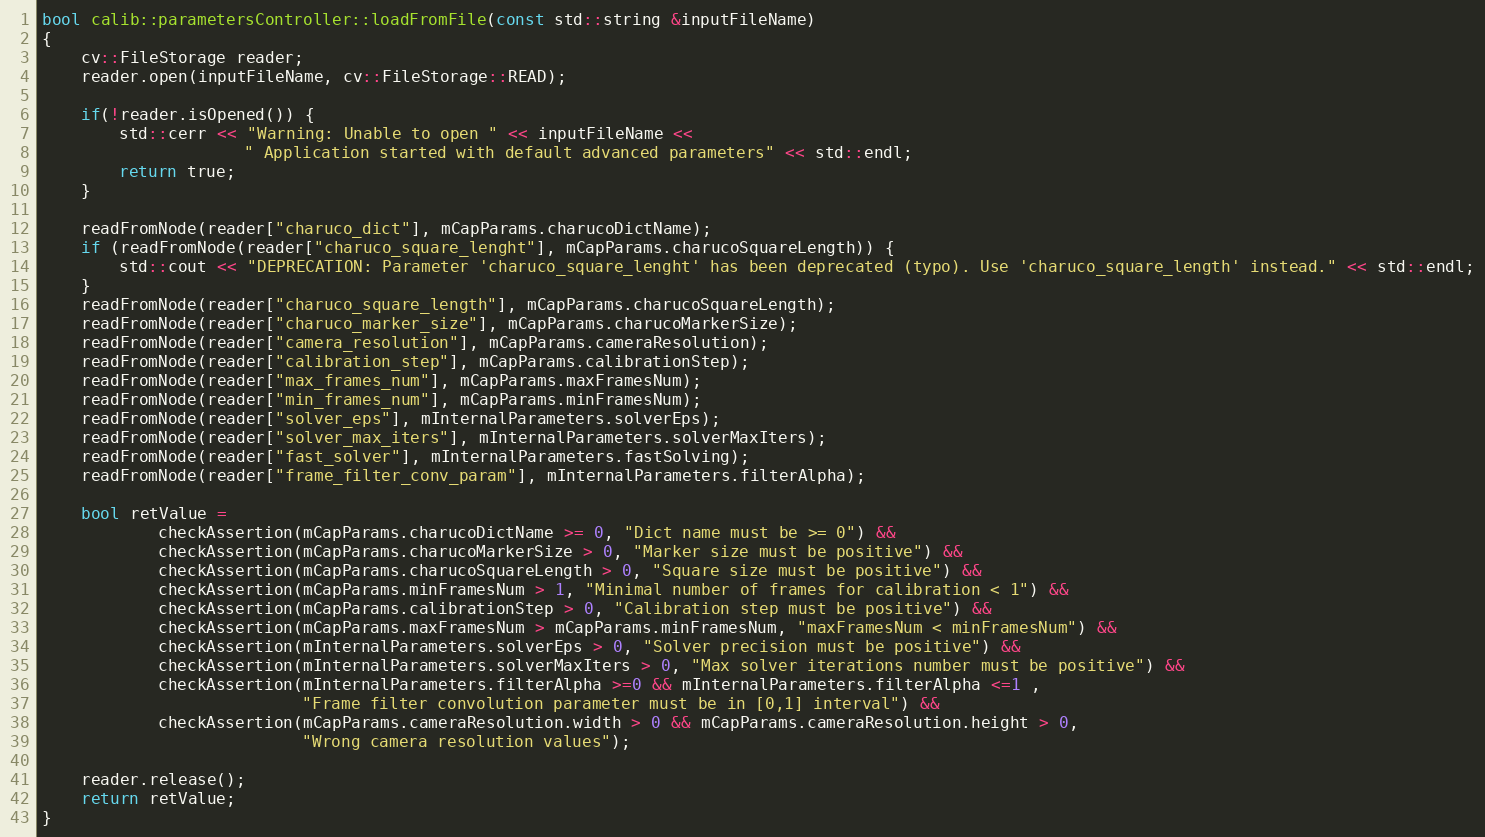
Language: C++
bool calib::parametersController::loadFromFile(const std::string &inputFileName)
{
    cv::FileStorage reader;
    reader.open(inputFileName, cv::FileStorage::READ);

    if(!reader.isOpened()) {
        std::cerr << "Warning: Unable to open " << inputFileName <<
                     " Application started with default advanced parameters" << std::endl;
        return true;
    }

    readFromNode(reader["charuco_dict"], mCapParams.charucoDictName);
    if (readFromNode(reader["charuco_square_lenght"], mCapParams.charucoSquareLength)) {
        std::cout << "DEPRECATION: Parameter 'charuco_square_lenght' has been deprecated (typo). Use 'charuco_square_length' instead." << std::endl;
    }
    readFromNode(reader["charuco_square_length"], mCapParams.charucoSquareLength);
    readFromNode(reader["charuco_marker_size"], mCapParams.charucoMarkerSize);
    readFromNode(reader["camera_resolution"], mCapParams.cameraResolution);
    readFromNode(reader["calibration_step"], mCapParams.calibrationStep);
    readFromNode(reader["max_frames_num"], mCapParams.maxFramesNum);
    readFromNode(reader["min_frames_num"], mCapParams.minFramesNum);
    readFromNode(reader["solver_eps"], mInternalParameters.solverEps);
    readFromNode(reader["solver_max_iters"], mInternalParameters.solverMaxIters);
    readFromNode(reader["fast_solver"], mInternalParameters.fastSolving);
    readFromNode(reader["frame_filter_conv_param"], mInternalParameters.filterAlpha);

    bool retValue =
            checkAssertion(mCapParams.charucoDictName >= 0, "Dict name must be >= 0") &&
            checkAssertion(mCapParams.charucoMarkerSize > 0, "Marker size must be positive") &&
            checkAssertion(mCapParams.charucoSquareLength > 0, "Square size must be positive") &&
            checkAssertion(mCapParams.minFramesNum > 1, "Minimal number of frames for calibration < 1") &&
            checkAssertion(mCapParams.calibrationStep > 0, "Calibration step must be positive") &&
            checkAssertion(mCapParams.maxFramesNum > mCapParams.minFramesNum, "maxFramesNum < minFramesNum") &&
            checkAssertion(mInternalParameters.solverEps > 0, "Solver precision must be positive") &&
            checkAssertion(mInternalParameters.solverMaxIters > 0, "Max solver iterations number must be positive") &&
            checkAssertion(mInternalParameters.filterAlpha >=0 && mInternalParameters.filterAlpha <=1 ,
                           "Frame filter convolution parameter must be in [0,1] interval") &&
            checkAssertion(mCapParams.cameraResolution.width > 0 && mCapParams.cameraResolution.height > 0,
                           "Wrong camera resolution values");

    reader.release();
    return retValue;
}